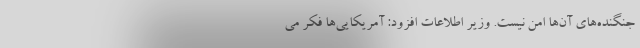
جنگنده‌های آن‌ها امن نیست. وزیر اطلاعات افزود: آمریکایی‌ها فکر می